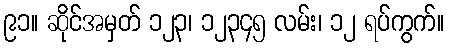
၉၁။ ဆိုင်အမှတ် ၁၂၃၊ ၁၂၃၄၅ လမ်း၊ ၁၂ ရပ်ကွက်။